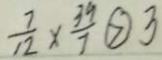
\frac { 7 } { 1 2 } \times \frac { 3 9 } { 7 } \textcircled { > } 3